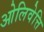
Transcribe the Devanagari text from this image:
ओलिवेत्ति